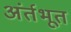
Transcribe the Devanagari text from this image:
अंर्तभूत